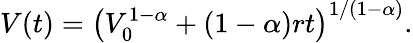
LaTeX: V(t)=\left(V_{0}^{1-\alpha}+(1-\alpha)rt\right)^{1/(1-\alpha)}.